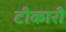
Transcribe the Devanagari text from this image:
टीकारी